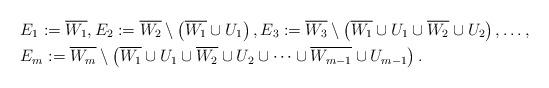
LaTeX: \begin{align*} & E_1 := \overline{W_1}, E_2 := \overline{W_2}\setminus \left(\overline{W_1}\cup U_1\right), E_3 := \overline{W_3}\setminus \left(\overline{W_1}\cup U_1 \cup \overline{W_2}\cup U_2\right), \dots, \\ & E_m := \overline{W_m}\setminus \left(\overline{W_1}\cup U_1\cup \overline{W_2}\cup U_2\cup \dots \cup \overline{W_{m-1}}\cup U_{m-1}\right).\end{align*}